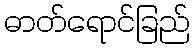
ဓာတ်ရောင်ခြည်